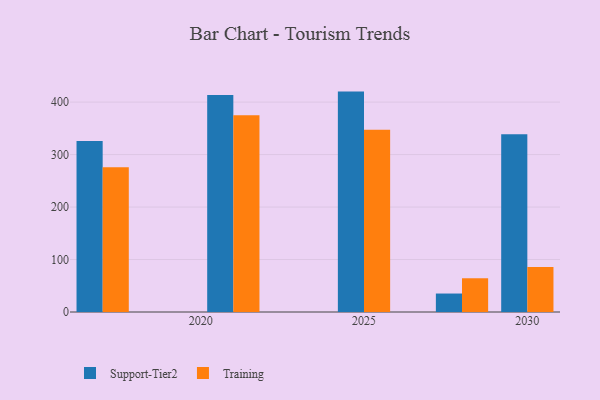
{"axis": {"x": "Year", "y": "Backlog"}, "legend": ["Support-Tier2", "Training"], "data": [{"x": "2030", "y": 338.6, "type": "Support-Tier2"}, {"x": "2030", "y": 85.7, "type": "Training"}, {"x": "2025", "y": 420.0, "type": "Support-Tier2"}, {"x": "2025", "y": 347.5, "type": "Training"}, {"x": "2017", "y": 326.0, "type": "Support-Tier2"}, {"x": "2017", "y": 276.0, "type": "Training"}, {"x": "2028", "y": 35.2, "type": "Support-Tier2"}, {"x": "2028", "y": 64.3, "type": "Training"}, {"x": "2021", "y": 413.6, "type": "Support-Tier2"}, {"x": "2021", "y": 375.1, "type": "Training"}]}